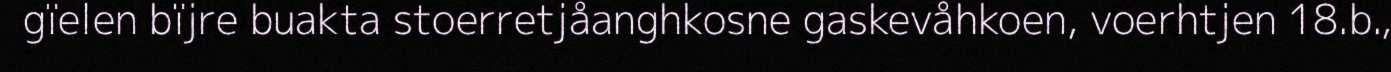
gïelen bïjre buakta stoerretjåanghkosne gaskevåhkoen, voerhtjen 18.b.,